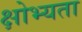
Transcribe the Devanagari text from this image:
क्षोभ्यता